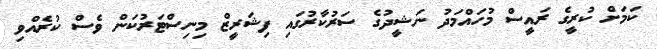
ކަމަށް ކުރީގެ ރައީސް މުހައްމަދު ނަޝީދުގެ ސަރުކާރުގައި ފިޝަރީޒް މިނިސްޓަރުކަން ވެސް ކުރެއްވި